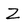
Character: Z